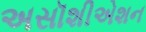
અસૉશીએશન